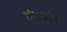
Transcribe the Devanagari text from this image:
रोगाक्रांत